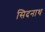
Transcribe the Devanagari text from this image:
सिदनाथ